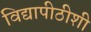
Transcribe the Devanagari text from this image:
विद्यापीठीशी